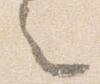
之